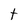
Character: t